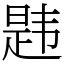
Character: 韪